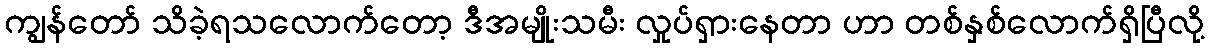
ကျွန်တော် သိခဲ့ရသလောက်တော့ ဒီအမျိုးသမီး လှုပ်ရှားနေတာ ဟာ တစ်နှစ်လောက်ရှိပြီလို့